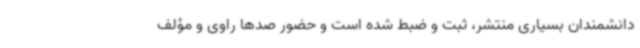
دانشمندان بسیاری منتشر، ثبت و ضبط شده است و حضور صدها راوی و مؤلف